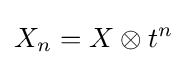
X_{n}=X\otimes t^{n}